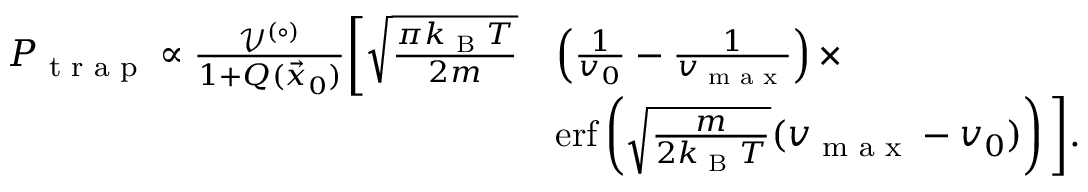
\begin{array} { r l } { P _ { \textrm { t r a p } } \propto \frac { \mathcal { V } ^ { ( \circ ) } } { 1 + Q ( \vec { x } _ { 0 } ) } \bigg [ \sqrt { \frac { \pi k _ { \textrm { B } } T } { 2 m } } } & { \left( \frac { 1 } { v _ { 0 } } - \frac { 1 } { v _ { \textrm { m a x } } } \right) \times } \\ & { \mathrm { e r f } \left( \sqrt { \frac { m } { 2 k _ { \textrm { B } } T } } ( v _ { \textrm { m a x } } - v _ { 0 } ) \right) \bigg ] . } \end{array}